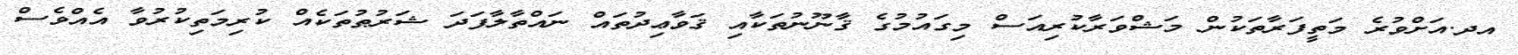
އދ.އަށްވުރެ މަތީފަރާތަކުން މަޝްވަރާކުރިއަސް މިގައުމުގެ ޤާނޫނުތަކާއި ޤަވާޢިދުތައް ނައްތާލާފަދަ ޝަރުޠުތަކެއް ކުރިމަތިކުރުވާ އެއްވެސް